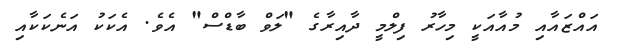
އައްޒައާއި މުއާއަކީ މިހާރު ފިލްމީ ދާއިރާގެ "ލަވް ބާޑްސް" އެވެ. އެކަކު އަނެކަކާއި